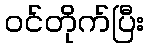
ဝင်တိုက်ပြီး